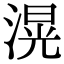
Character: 滉